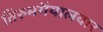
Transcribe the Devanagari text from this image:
तिरुमगैयालवार